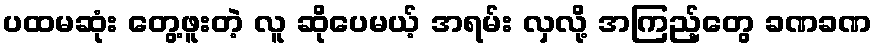
ပထမဆုံး တွေ့ဖူးတဲ့ လူ ဆိုပေမယ့် အရမ်း လှလို့ အကြည့်တွေ ခဏခဏ